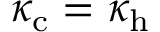
\kappa _ { \mathrm { c } } = \kappa _ { \mathrm { h } }